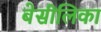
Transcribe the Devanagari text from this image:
बेसीलिका